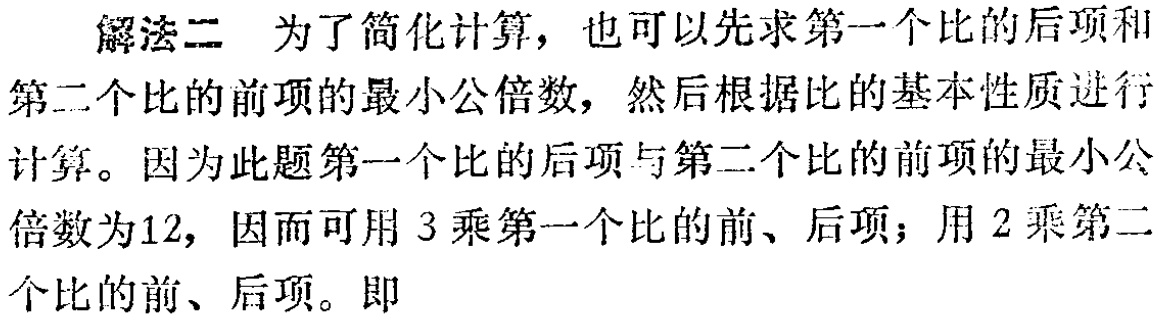
解法二 为了简化计算，也可以先求第一个比的后项和

第二个比的前项的最小公倍数，然后根据比的基本性质进行

计算。因为此题第一个比的后项与第二个比的前项的最小公

倍数为12，因而可用 3 乘第一个比的前、后项；用 2 乘第二

个比的前、后项。即